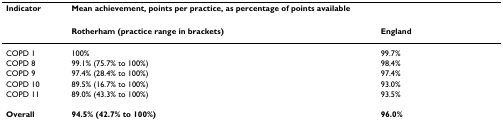
<table><thead><tr><td><b>Indicator</b></td><td colspan="2"><b>Mean achievement, points per practice, as percentage of points available</b></td></tr></thead><tbody><tr><td></td><td><b>Rotherham (practice range in brackets)</b></td><td><b>England</b></td></tr><tr><td>COPD 1</td><td>100%</td><td>99.7%</td></tr><tr><td>COPD 8</td><td>99.1% (75.7% to 100%)</td><td>98.4%</td></tr><tr><td>COPD 9</td><td>97.4% (28.4% to 100%)</td><td>97.4%</td></tr><tr><td>COPD 10</td><td>89.5% (16.7% to 100%)</td><td>93.0%</td></tr><tr><td>COPD 11</td><td>89.0% (43.3% to 100%)</td><td>93.5%</td></tr><tr><td><b>Overall</b></td><td><b>94.5% (42.7% to 100%)</b></td><td><b>96.0%</b></td></tr></tbody></table>